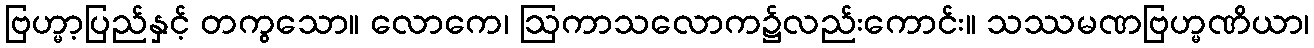
ဗြဟ္မာ့ပြည်နှင့် တကွသော။ လောကေ၊ ဩကာသလောက၌လည်းကောင်း။ သဿမဏဗြဟ္မဏိယာ၊